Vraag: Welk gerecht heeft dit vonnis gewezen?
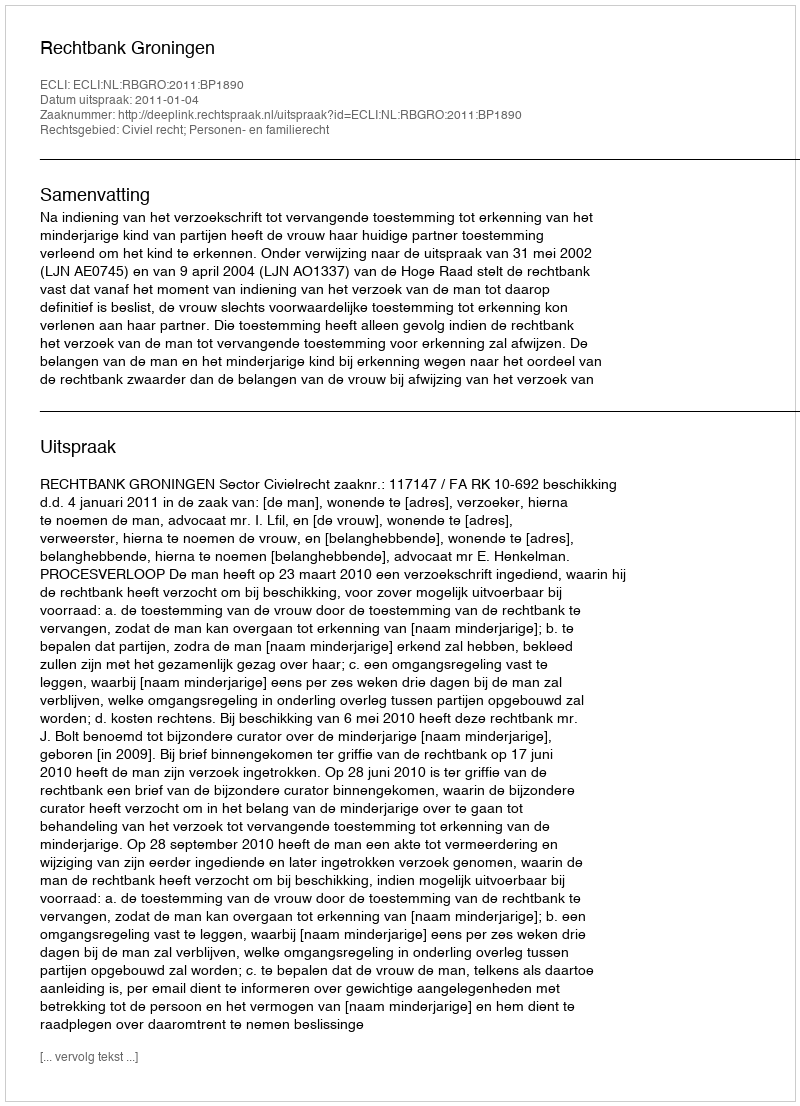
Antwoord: Rechtbank Groningen